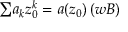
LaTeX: { \textstyle \sum } a _ { k } z _ { 0 } ^ { k } = a ( z _ { 0 } ) \, ( \boldsymbol { w B } )